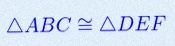
\triangle ABC\cong\triangle DEF